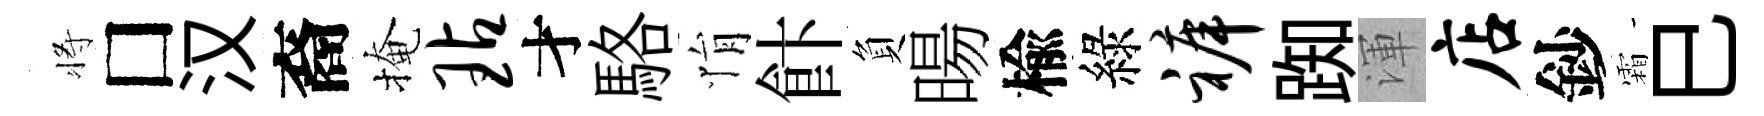
将□汉裔掩玷才駱悁飰負暘楡綠裤踟渾店鈔霜巳